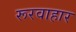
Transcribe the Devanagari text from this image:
रूरवाहार